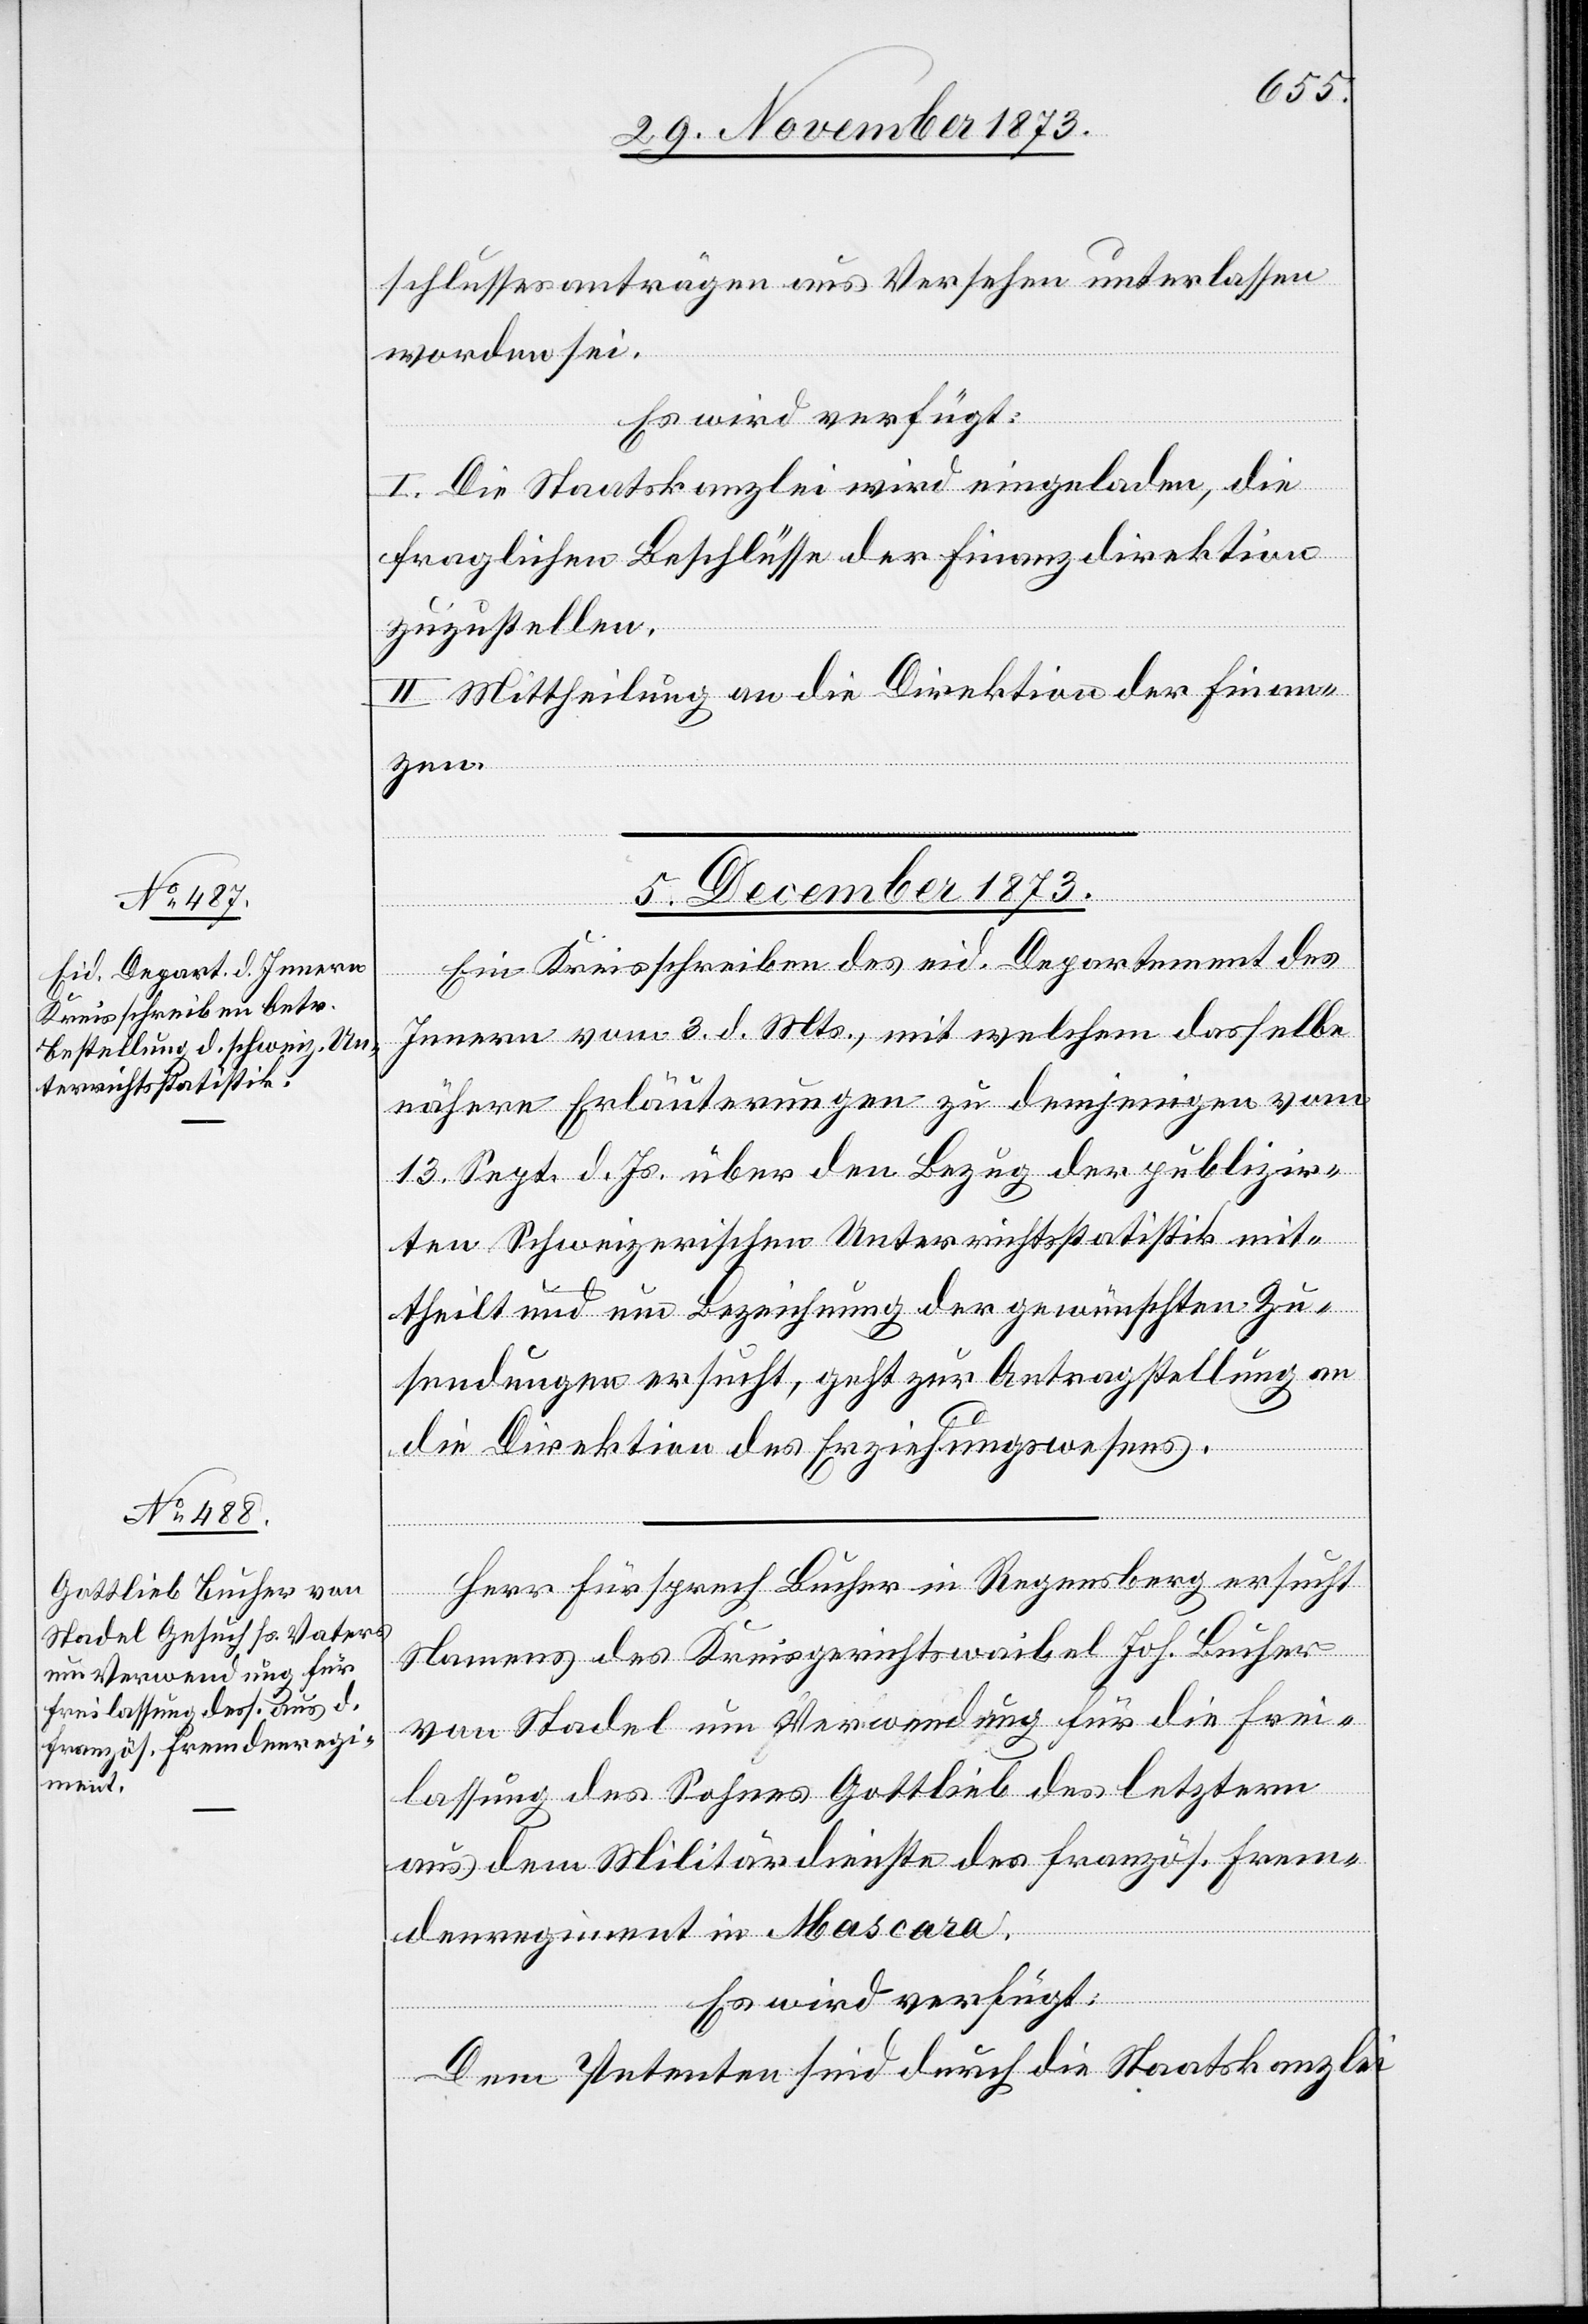
schlussesanträgen aus Versehen unterlassen
worden sei.
Es wird verfügt:
I. Die Staatskanzlei wird eingeladen, die
fraglichen Beschlüsse der Finanzdirektion
zuzustellen.
II. Mittheilung an die Direktion der Finan¬
zen.
5. December 1873.]
Ein Kreisschreiben des eid. Departement des
Innern vom 3. d. Mts., mit welchem dasselbe
nähere Erläuterungen zu demjenigen vom
13. Sept. d. Js. über den Bezug der publizir¬
ten Schweizerischen Unterrichtsstatistik mit¬
theilt und um Bezeichnung der gewünschten Zu¬
sendungen ersucht, geht zur Antragstellung an
die Direktion des Erziehungswesens.
Herr Fürsprech Bucher in Regensberg ersucht
Namens des Kreisgerichtswaibel Joh. Bucher
von Stadel um Verwendung für die Frei¬
lassung des Sohnes Gottlieb des letztern
aus dem Militärdienste des französ. Frem¬
denregiment in Mascara.
Es wird verfügt:
Dem Petenten sind durch die Staatskanzlei